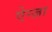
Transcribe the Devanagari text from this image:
ऐन्ज़ा